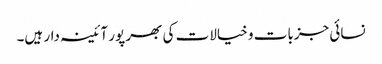
نسائی جزبات و خیالات کی بھر پور آئینہ دار ہیں۔